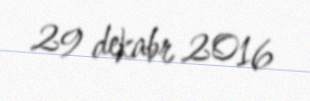
29 dekabr 2016